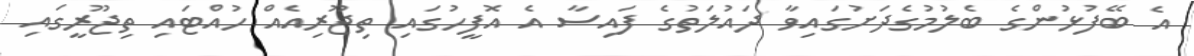
އެ ބޭފުޅުންގެ ބެލުމުގެދަށުގައިވާ ދައުލަތުގެ ފައިސާ އެ އޮފީހުގައި ތިޖޫރިއެއް ހުއްޓައި ތިޖޫރީގައި